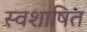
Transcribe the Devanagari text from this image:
स्वशाषित